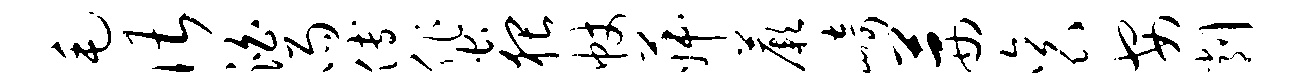
毛谌泊雨傅蜚猥帐菽蕨崎茜衮安削